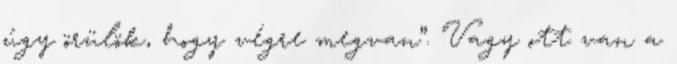
úgy örülök, hogy végre megvan”. Vagy ott van a